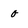
Character: o